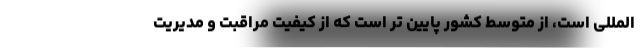
المللی است، از متوسط کشور پایین تر است که از کیفیت مراقبت و مدیریت